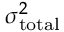
\sigma _ { \mathrm { t o t a l } } ^ { 2 }